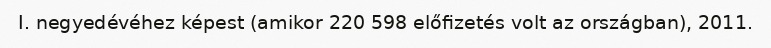
I. negyedévéhez képest (amikor 220 598 előfizetés volt az országban), 2011.